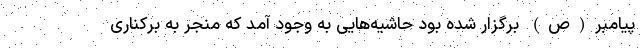
پیامبر(ص) برگزار شده بود حاشیه‌هایی به وجود آمد که منجر به برکناری